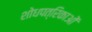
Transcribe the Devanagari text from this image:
शोधपत्रिकाओं